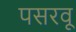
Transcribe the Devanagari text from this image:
पसरवू